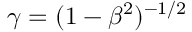
\gamma = ( 1 - \beta ^ { 2 } ) ^ { - 1 / 2 }